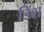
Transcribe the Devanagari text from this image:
डिश